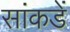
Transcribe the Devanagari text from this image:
सांकडें